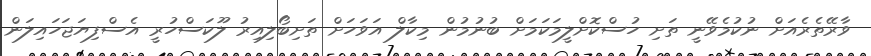
ވާރޭތެރެއަށް ނުކުމެވޭނީ ތަށި ހުސްކޮށްލީމަކަމަށް ބުނުމުން މިކާލް އަވަހަށް ތަށިބޯލިއިރު ލޫކަސްހުރީ އެސްފިޔަޖަހައިލަން